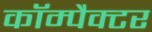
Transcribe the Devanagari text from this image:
कॉम्पैक्टर